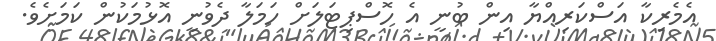
އެމެރިކާ އަސްކަރިއްޔާ އިން ބުނީ އެ ހޮސްޕިޓަލަށް ހަމަލާ ދެވުނީ އޮޅުމަކުން ކަމަށެވެ.